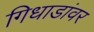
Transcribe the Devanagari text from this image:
गिधाडांवर